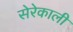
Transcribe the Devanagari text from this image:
सेरेकाली